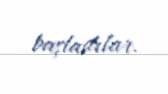
başladılar.